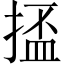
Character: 𫽗